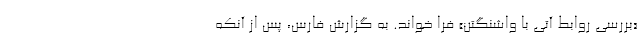
«بررسی روابط آتی با واشنگتن» فرا خواند. به گزارش فارس، پس از آنکه